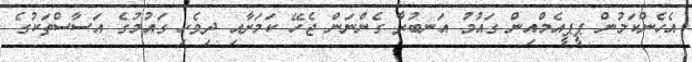
އެހެންކަމުން ޕީޕީއެމްއިން ގައުމު އަނބުރާ ގެންނަން ޖެހޭ ކަމަށާއި ދިވެހި ގައުމުގެ އަސާސްތަކުގެ